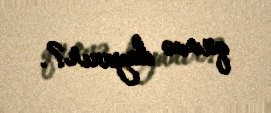
qüvvə dayanır?.